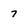
Character: 7